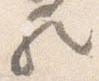
歟